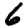
Digit: 6